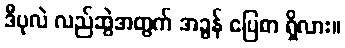
ဒီပုလဲ လည်ဆွဲအတွက် အခွန် ပြေစာ ရှိလား။